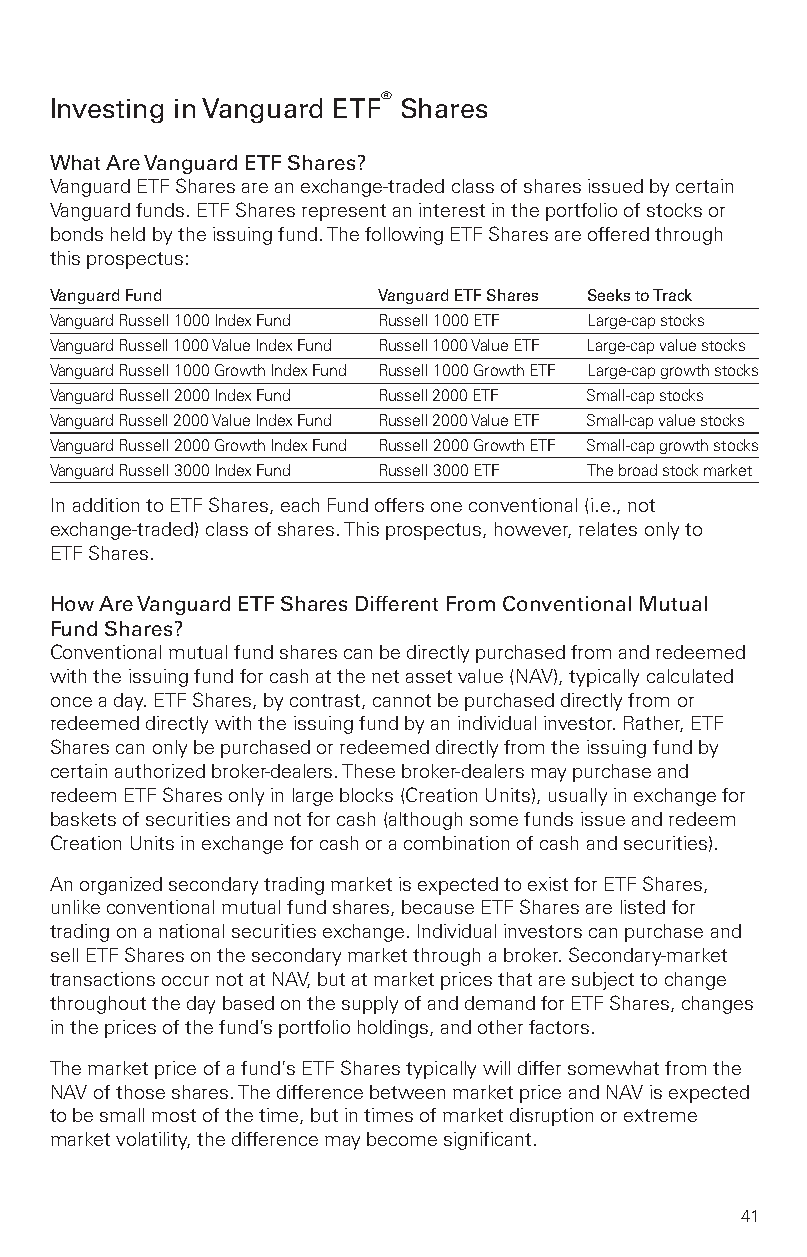
Investing inVanguard ETF® Shares
 WhatAreVanguardETFShares?
 VanguardETFSharesareanexchange-tradedclassofsharesissuedbycertain
 Vanguardfunds.ETFSharesrepresentaninterestintheportfolioofstocksor
 bondsheldbytheissuingfund.ThefollowingETFSharesareofferedthrough
 thisprospectus:
 VanguardFund          VanguardETFShares SeekstoTrack
 VanguardRussell1000IndexFund Russell1000ETF Large-capstocks
 VanguardRussell1000ValueIndexFund Russell1000ValueETF Large-capvaluestocks
 VanguardRussell1000GrowthIndexFund Russell1000GrowthETF Large-capgrowthstocks
 VanguardRussell2000IndexFund Russell2000ETF Small-capstocks
 VanguardRussell2000ValueIndexFund Russell2000ValueETF Small-capvaluestocks
 VanguardRussell2000GrowthIndexFund Russell2000GrowthETF Small-capgrowthstocks
 VanguardRussell3000IndexFund Russell3000ETF Thebroadstockmarket
 InadditiontoETFShares,eachFundoffersoneconventional(i.e.,not
 exchange-traded)classofshares.Thisprospectus,however,relatesonlyto
 ETFShares.
 HowAreVanguardETFSharesDifferentFromConventionalMutual
 FundShares?
 Conventionalmutualfundsharescanbedirectlypurchasedfromandredeemed
 withtheissuingfundforcashatthenetassetvalue(NAV),typicallycalculated
 onceaday.ETFShares,bycontrast,cannotbepurchaseddirectlyfromor
 redeemeddirectlywiththeissuingfundbyanindividualinvestor.Rather,ETF
 Sharescanonlybepurchasedorredeemeddirectlyfromtheissuingfundby
 certainauthorizedbroker-dealers.Thesebroker-dealersmaypurchaseand
 redeemETFSharesonlyinlargeblocks(CreationUnits),usuallyinexchangefor
 basketsofsecuritiesandnotforcash(althoughsomefundsissueandredeem
 CreationUnitsinexchangeforcashoracombinationofcashandsecurities).
 AnorganizedsecondarytradingmarketisexpectedtoexistforETFShares,
 unlikeconventionalmutualfundshares,becauseETFSharesarelistedfor
 tradingonanationalsecuritiesexchange.Individualinvestorscanpurchaseand
 sellETFSharesonthesecondarymarketthroughabroker.Secondary-market
 transactionsoccurnotatNAV,butatmarketpricesthataresubjecttochange
 throughoutthedaybasedonthesupplyofanddemandforETFShares,changes
 inthepricesofthefund’sportfolioholdings,andotherfactors.
 Themarketpriceofafund’sETFSharestypicallywilldiffersomewhatfromthe
 NAVofthoseshares.ThedifferencebetweenmarketpriceandNAVisexpected
 tobesmallmostofthetime,butintimesofmarketdisruptionorextreme
 marketvolatility,thedifferencemaybecomesignificant.
 41